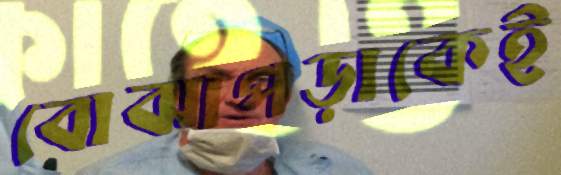
বোঝাপড়াকেই